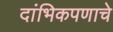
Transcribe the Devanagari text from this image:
दांभिकपणाचे